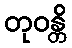
တုဝန္တိ